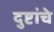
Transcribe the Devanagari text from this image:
दुष्टांचे